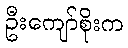
ဦးကျော်စိုးက